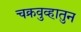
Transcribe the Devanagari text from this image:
चक्रवुव्हातुन